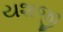
યશજી